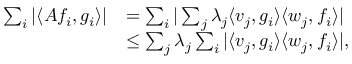
\begin{array} { r l } { \sum _ { i } | \langle { \cal A } f _ { i } , g _ { i } \rangle | } & { = \sum _ { i } | \sum _ { j } \lambda _ { j } \langle v _ { j } , g _ { i } \rangle \langle w _ { j } , f _ { i } \rangle | } \\ & { \le \sum _ { j } \lambda _ { j } \sum _ { i } | \langle v _ { j } , g _ { i } \rangle \langle w _ { j } , f _ { i } \rangle | , } \end{array}